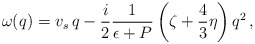
\begin{align*} \omega(q) = v_s \, q - \frac i2 \frac1{\epsilon+P}\left( \zeta + \frac43\eta\right) q^2\,,\end{align*}